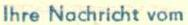
lhre Nachricht vom